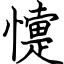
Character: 懥